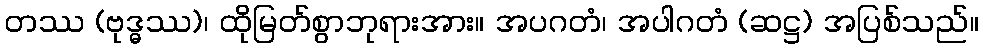
တဿ (ဗုဒ္ဓဿ)၊ ထိုမြတ်စွာဘုရားအား။ အပဂတံ၊ အပါဂတံ (ဆဋ္ဌ) အပြစ်သည်။